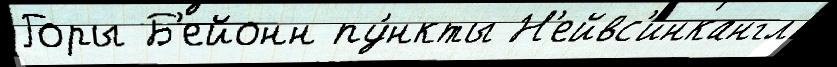
Горы Б'ейонн пу́нкты Н'ейвс'инкангл